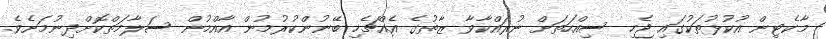
މާކެޓިން އުކުޅުތަކުގައި ޖެހި ސިއްހަތަށް ނުރައްކާވާ ޒާތުގެ އެއްޗެހި ބޭނުންކުރުމުން އާއްމުން ސަލާމަތްކޮށްދިނުމަށެވެ.